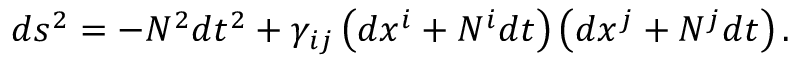
d s ^ { 2 } = - N ^ { 2 } d t ^ { 2 } + \gamma _ { i j } \left( d x ^ { i } + N ^ { i } d t \right) \left( d x ^ { j } + N ^ { j } d t \right) .